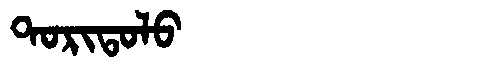
Manchu: ᡨᠣᡵᡳᡨᠣᠯᠣ
Romanization: TORITOLO